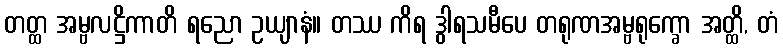
တတ္ထ အမ္ဗလဋ္ဌိကာတိ ရညော ဥယျာနံ။ တဿ ကိရ ဒွါရသမီပေ တရုဏအမ္ဗရုက္ခော အတ္ထိ, တံ